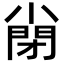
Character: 𡮣